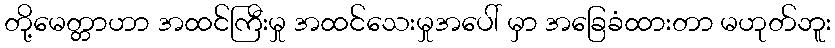
တို့မေတ္တာဟာ အထင်ကြီးမှု အထင်သေးမှုအပေါ် မှာ အခြေခံထားတာ မဟုတ်ဘူး